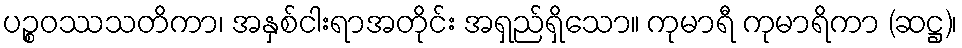
ပဉ္စဝဿသတိကာ၊ အနှစ်ငါးရာအတိုင်း အရှည်ရှိသော။ ကုမာရီ ကုမာရိကာ (ဆဋ္ဌ)၊